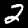
Label: 2